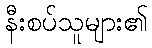
နီးစပ်သူများ၏